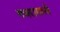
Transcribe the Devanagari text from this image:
गजरामध्ये